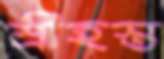
শ্রীহস্ত